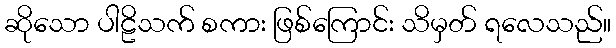
ဆိုသော ပါဠိသက် စကား ဖြစ်ကြောင်း သိမှတ် ရလေသည်။